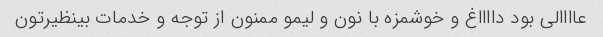
عاااالی بود دااااغ و خوشمزه با نون و لیمو ممنون از توجه و خدمات بینظیرتون